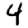
Digit: 4